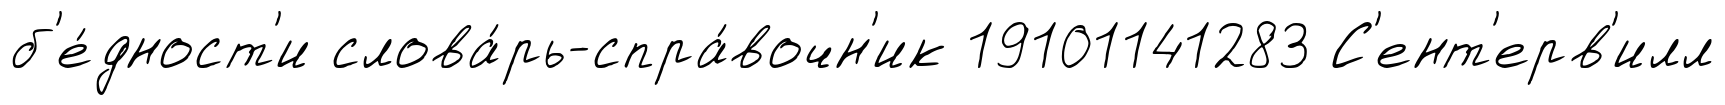
б'е́дност'и слова́рь-спра́вочн'ик 19101141283 С'ент'ерв'илл